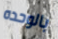
بالوحده